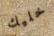
خليك